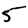
Digit: 5